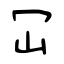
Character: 冚